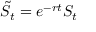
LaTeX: { \tilde { S } } _ { t } = e ^ { - r t } S _ { t }